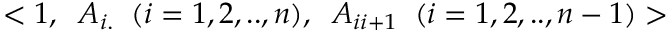
< 1 , \; \; A _ { i . } \; \; ( i = 1 , 2 , . . , n ) , \; \; A _ { i i + 1 } \; \; ( i = 1 , 2 , . . , n - 1 ) >